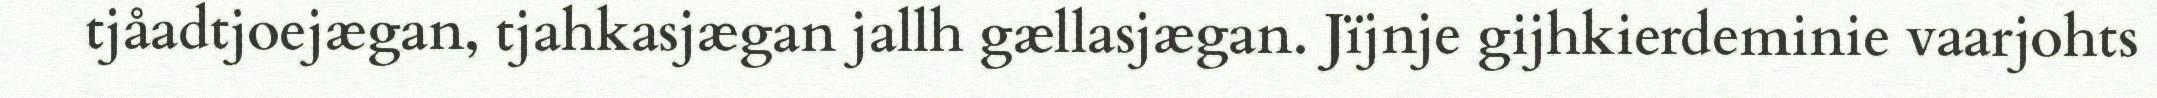
tjåadtjoejægan, tjahkasjægan jallh gællasjægan. Jïjnje gijhkierdeminie vaarjohts